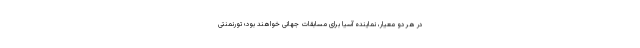
در هر دو معیار، نماینده آسیا برای مسابقات جهانی خواهند بود؛ تورنمنتی